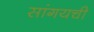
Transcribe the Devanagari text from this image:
सांगयची